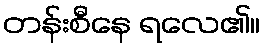
တန်းစီနေ ရလေ၏။